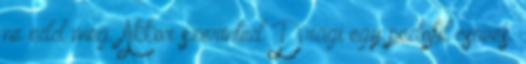
ne edd meg. Akkor szerinted Dragi egy pedofil csöves.